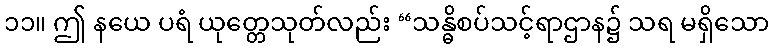
၁၁။ ဤ နယေ ပရံ ယုတ္တေသုတ်လည်း “သန္ဓိစပ်သင့်ရာဌာန၌ သရ မရှိသော